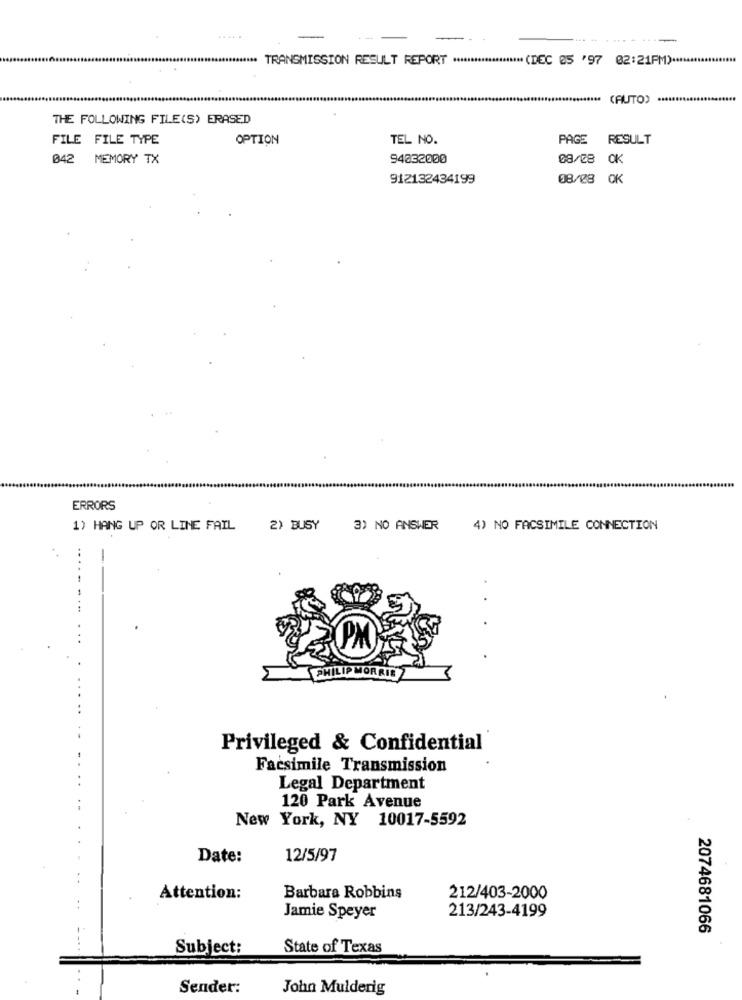
...
**. TRANSMISSION RESULT REPORT *******
**** (DEC 25 '97 02:21PM) ***
(AUTO)
THE FOLLOWING FILE(S) ERASED
FILE FILE TYPE
OPTION
TEL NO.
PAGE
RESULT
042 MEMORY TX
94032000
08/08 OK
912132434199
08/08 OK
ERRORS
1) HANG UP OR LINE FAIL
2) BUSY
3) NO ANSWER
4) NO FACSIMILE CONNECTION
PHILIP MORRIS Z
Privileged & Confidential
Facsimile Transmission
Legal Department
120 Park Avenue
New York, NY 10017-5592
Date:
12/5/97
Attention:
Barbara Robbins
212/403-2000
213/243-4199
Jamie Speyer
2074681066
Subject:
State of Texas
Sender:
John Mulderig